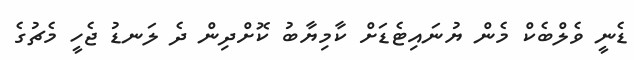
ޑެނީ ވެލްބެކް މެން ޔުނައިޓެޑަށް ކާމިޔާބު ކޮށްދިން ދެ ލަނޑު ޖެހީ މެޗުގެ